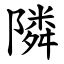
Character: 隣